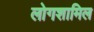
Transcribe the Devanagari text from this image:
लोगशामिल